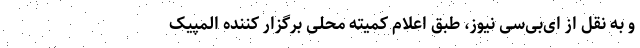
و به نقل از ای‌بی‌سی نیوز، طبق اعلام کمیته محلی برگزار کننده المپیک